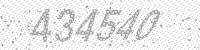
Solution: 434540